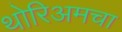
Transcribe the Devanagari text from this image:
थोरिअमचा